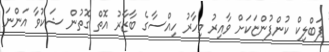
ޕަބްލިކް ކުންފުންޏަކަށް ވާއިރު މިހާރު ހިއްސާގެ ބާޒާރު އޮތް ގޮތުން ޝަކުވާ އަންނަ